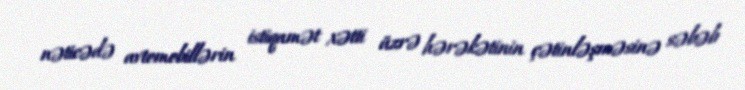
nəticədə avtomobillərin istiqamət xətti üzrə hərəkətinin çətinləşməsinə səbəb